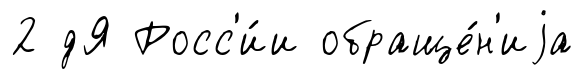
2 дЯ Росс'и́и обраще́н'иjа